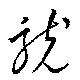
統